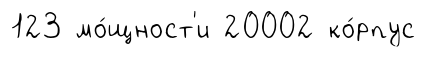
123 мо́щност'и 20002 ко́рпус